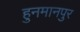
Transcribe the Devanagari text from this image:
हुनमानपुर